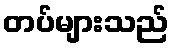
တပ်များသည်